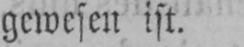
gewesen ist.